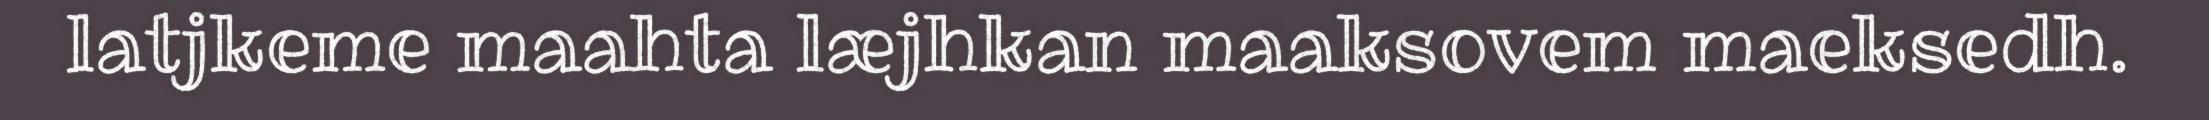
latjkeme maahta læjhkan maaksovem maeksedh.